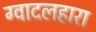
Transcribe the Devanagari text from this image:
ग्वादलहारा